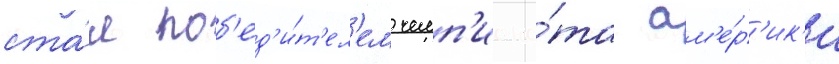
ста́л поб'ед'и́т'ел'ем чемп'иона́та ам'е́р'ик'и